65_HS1-834228961_62-HQ-83894_Section_2
Agency: FBI
Page 121
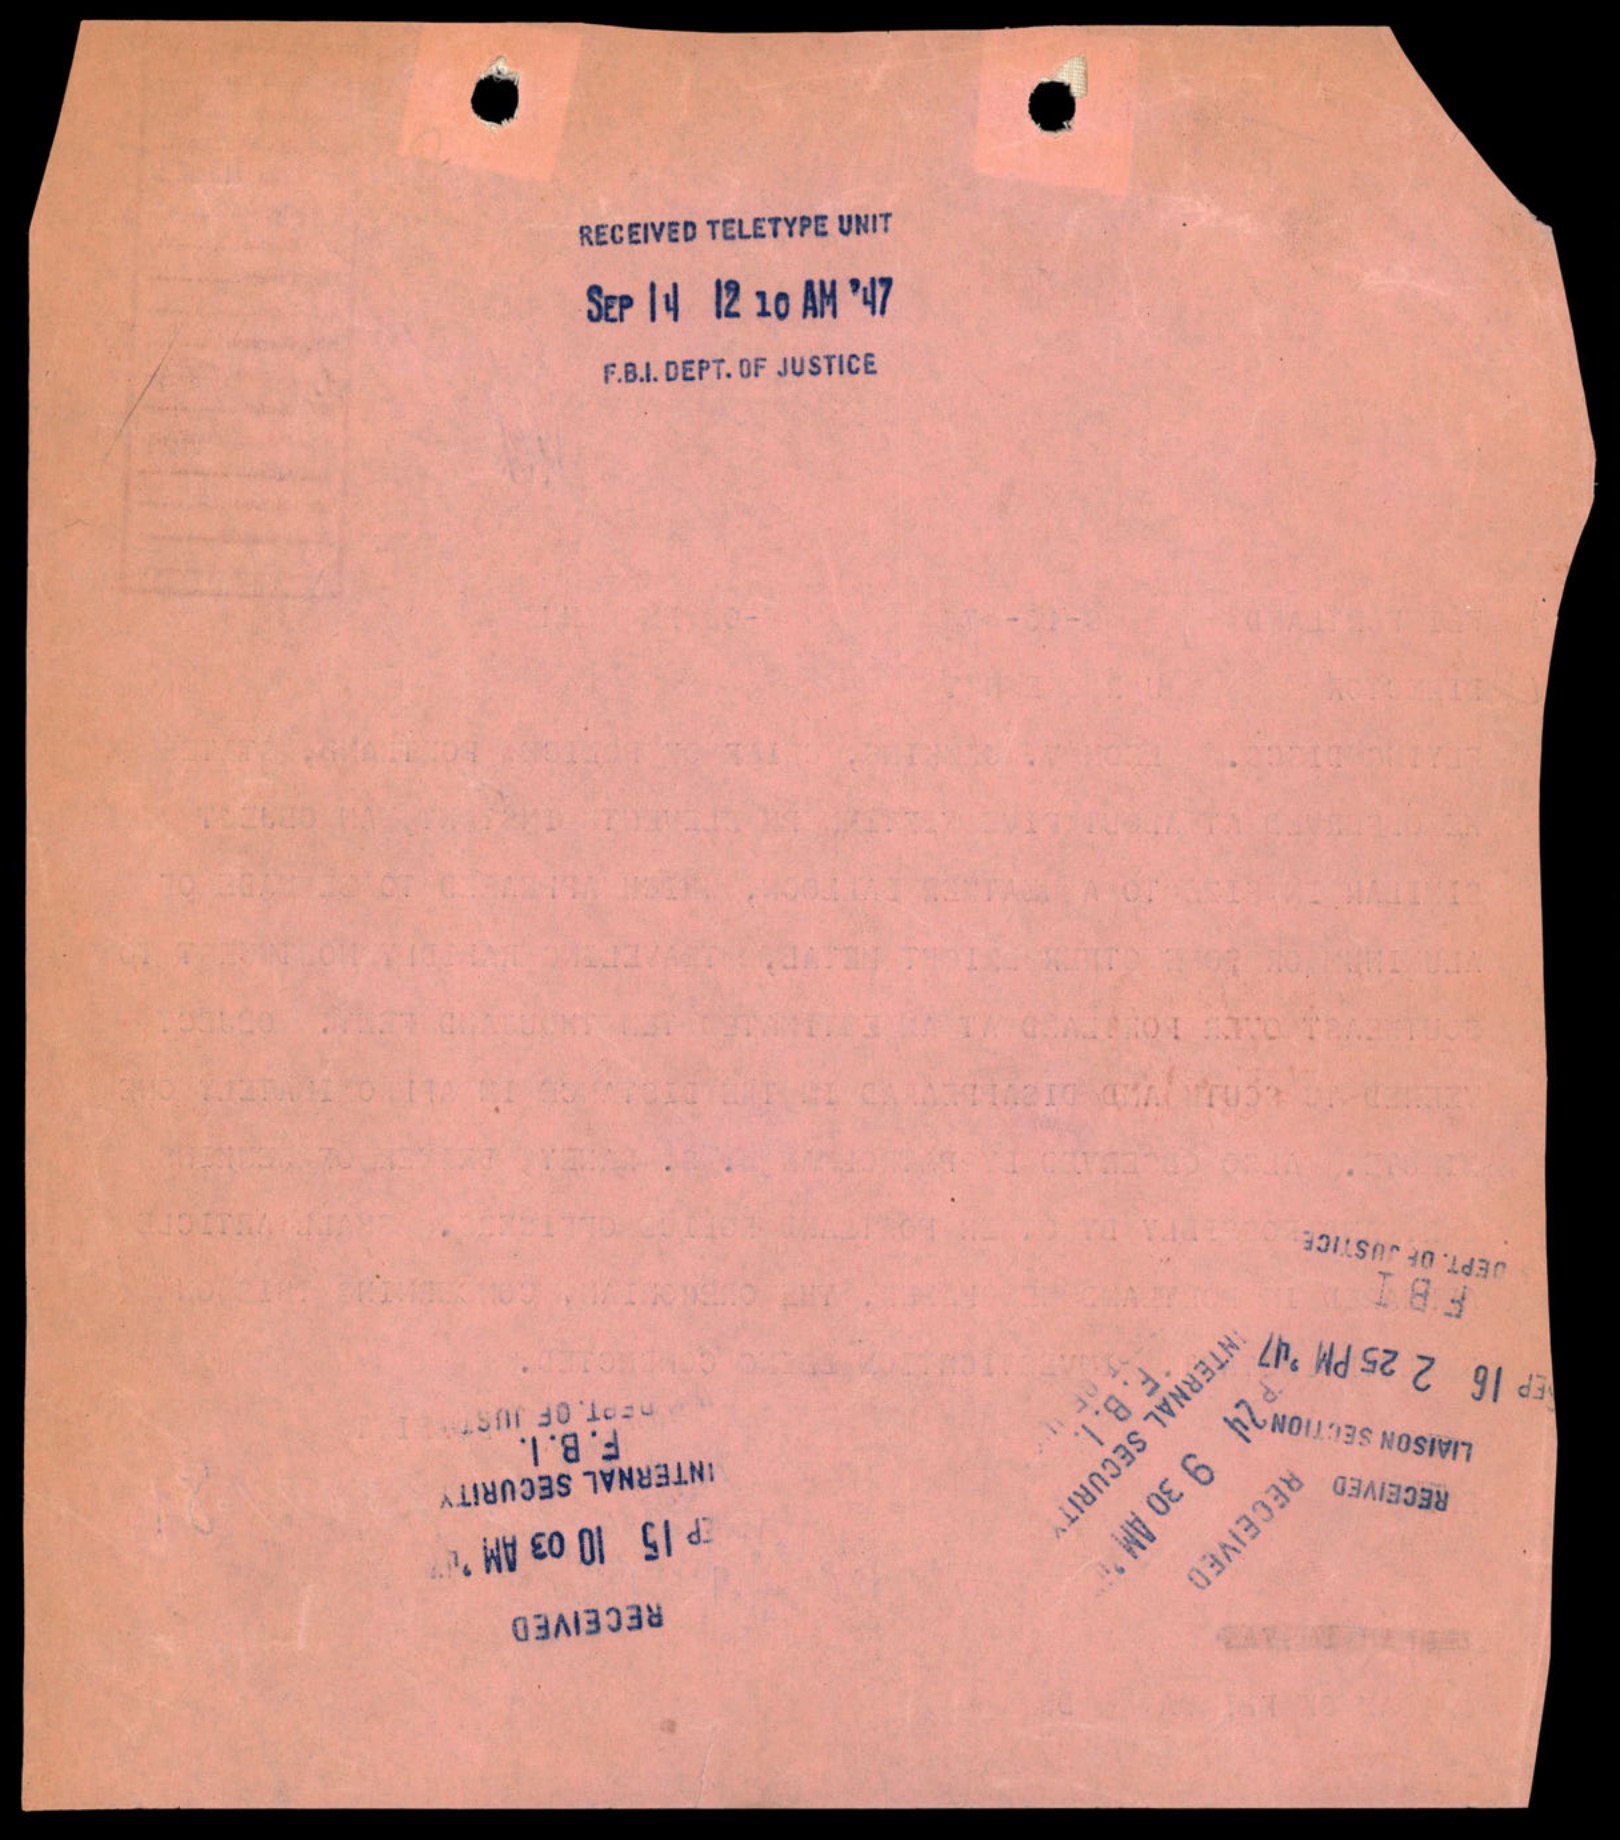